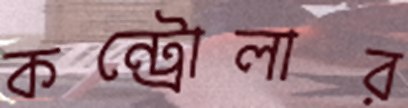
কন্ট্রোলার